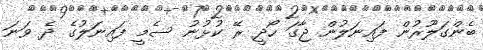
ބެންގަލޫރުން ފައިނަލުން ޖާގަ ހޯދީ ރޭ ކުޅުނު ސެމީ ފައިނަލުގެ ދެ ވަނަ